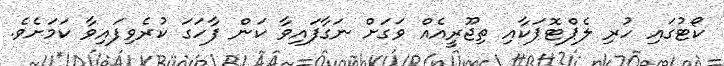
ކޯޓުގައި ހުރި ލެޕްޓޮޕަކާއި ތިޖޫރީއެއް ވަގަށް ނަގާފައިވާ ކަން ފާހަގަ ކުރެވިފައިވާ ކަމަށެވެ.